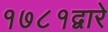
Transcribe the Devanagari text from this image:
१७८१द्वारे